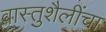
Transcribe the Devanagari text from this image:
वास्तुशैलींचा